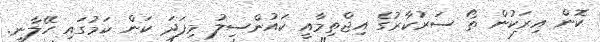
ކޮން އިރަކުން ތޯ ސަރުކާރުގެ އިޖްތިމާއީ ކައުންސިލު މިފަދަ ކަން ކަމުގައި ހޭލާނީ.